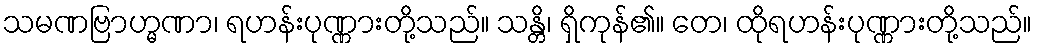
သမဏဗြာဟ္မဏာ၊ ရဟန်းပုဏ္ဏားတို့သည်။ သန္တိ၊ ရှိကုန်၏။ တေ၊ ထိုရဟန်းပုဏ္ဏားတို့သည်။